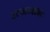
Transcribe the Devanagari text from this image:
रत्ननाभः